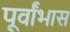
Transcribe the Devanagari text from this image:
पूर्वांभास